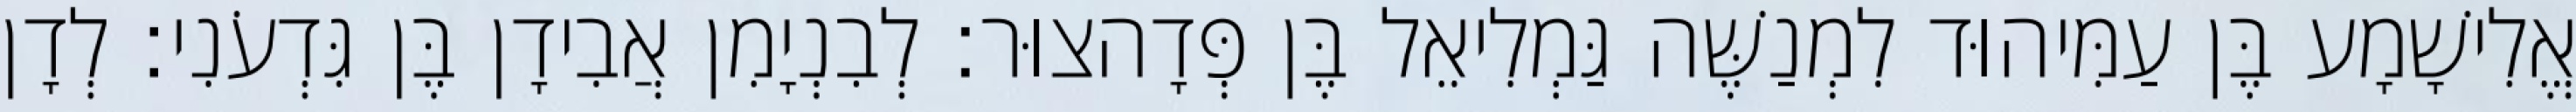
אֱלִישָׁמָע בֶּן עַמִּיהוּד לִמְנַשֶּׁה גַּמְלִיאֵל בֶּן פְּדָהצוּר׃ לְבִנְיָמִן אֲבִידָן בֶּן גִּדְעֹנִי׃ לְדָן